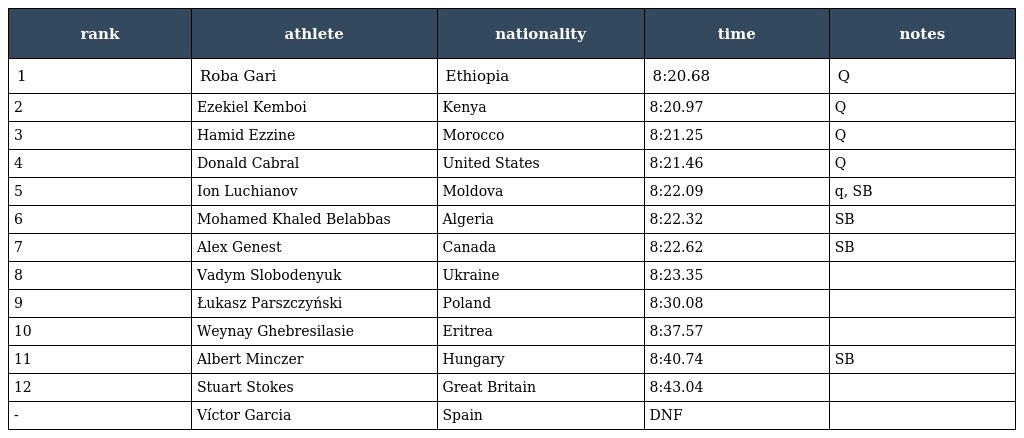
| rank | athlete | nationality | time | notes |
 | --- | --- | --- | --- | --- |
 | 1 | Roba Gari | Ethiopia | 8:20.68 | Q |
 | 2 | Ezekiel Kemboi | Kenya | 8:20.97 | Q |
 | 3 | Hamid Ezzine | Morocco | 8:21.25 | Q |
 | 4 | Donald Cabral | United States | 8:21.46 | Q |
 | 5 | Ion Luchianov | Moldova | 8:22.09 | q, SB |
 | 6 | Mohamed Khaled Belabbas | Algeria | 8:22.32 | SB |
 | 7 | Alex Genest | Canada | 8:22.62 | SB |
 | 8 | Vadym Slobodenyuk | Ukraine | 8:23.35 |  |
 | 9 | Łukasz Parszczyński | Poland | 8:30.08 |  |
 | 10 | Weynay Ghebresilasie | Eritrea | 8:37.57 |  |
 | 11 | Albert Minczer | Hungary | 8:40.74 | SB |
 | 12 | Stuart Stokes | Great Britain | 8:43.04 |  |
 | - | Víctor Garcia | Spain | DNF |  |